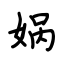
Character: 娲